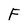
Character: F